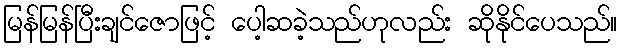
မြန်မြန်ပြီးချင်ဇောဖြင့် ပေါ့ဆခဲ့သည်ဟုလည်း ဆိုနိုင်ပေသည်။